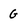
Character: G